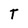
Character: T